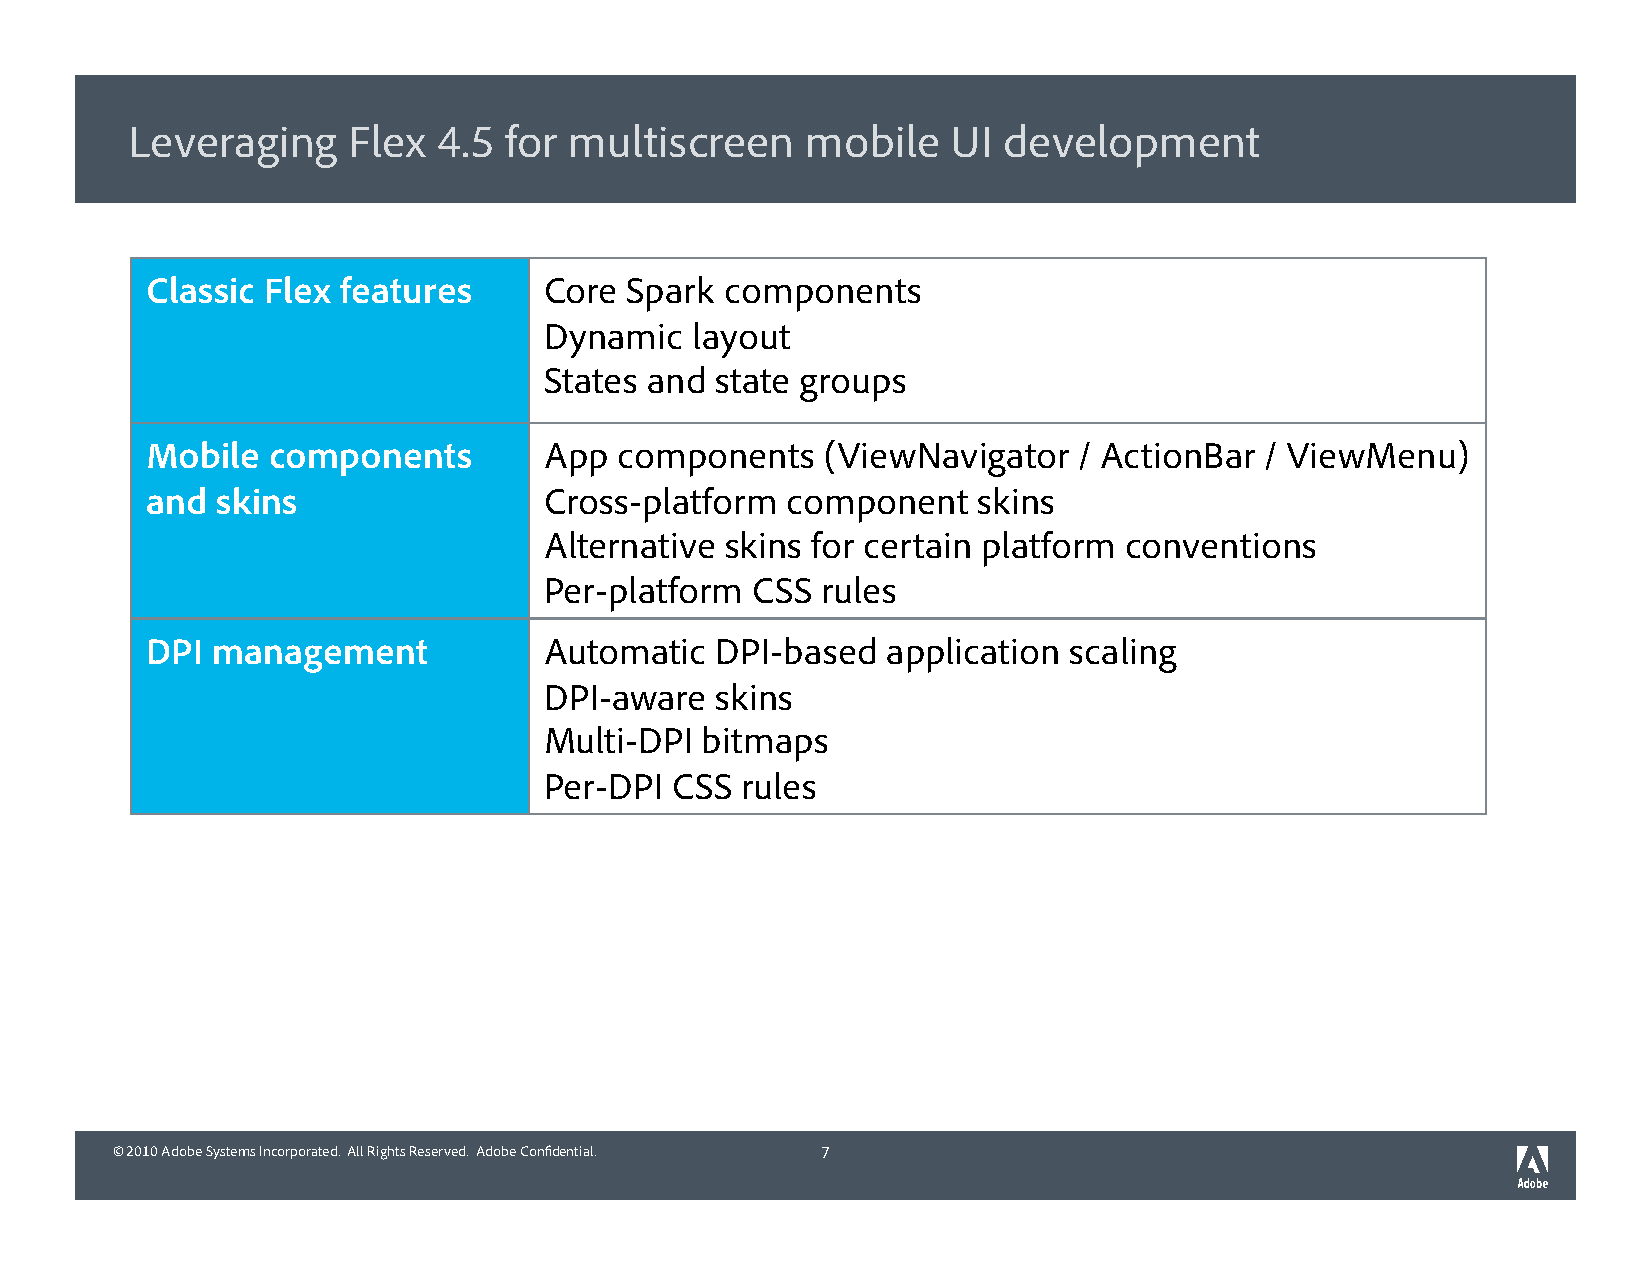
Leveraging     Flex  4.5 for  multiscreen    mobile    UI development
 Classic Flex features     Core Spark  components
 Dynamic   layout
 States and state groups
 Mobile  components        App  components    (ViewNavigator  / ActionBar  / ViewMenu)
 and skins                 Cross-platform  component    skins
 Alternative skins for certain platform conventions
 Per-platform  CSS rules
 DPI management            Automatic  DPI-based   application scaling
 DPI-aware  skins
 Multi-DPI bitmaps
 Per-DPI  CSS rules
 © 2010 Adobe Systems Incorporated. All Rights Reserved. Adobe Confidential. 7